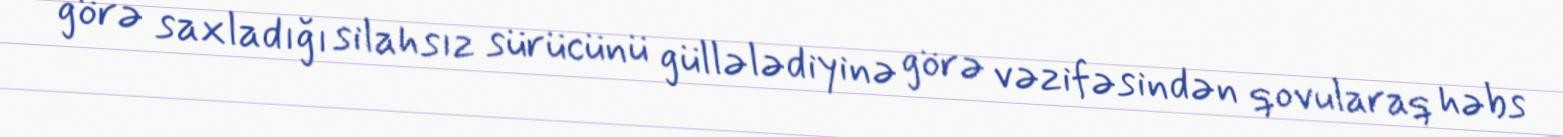
görə saxladığı silahsız sürücünü güllələdiyinə görə vəzifəsindən qovularaq həbs